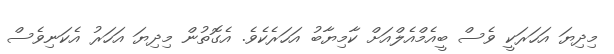
މިދިޔަ އަހަރަކީ ވެސް ބީއެމްއެލްއަށް ކާމިޔާބު އަހަރެކެވެ. އެގޮތުން މިދިޔަ އަހަރު އެކަނިވެސް